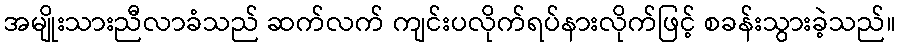
အမျိုးသားညီလာခံသည် ဆက်လက် ကျင်းပလိုက်ရပ်နားလိုက်ဖြင့် စခန်းသွားခဲ့သည်။